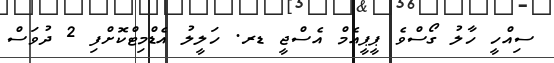
ސިއްހީ ހާލު ގޯސްވެ ޕީޕީއެމް އެސްޖީ ޑރ. ހަލީލު އެޑްމިޓްކޮށްފި 2 ދުވަސް